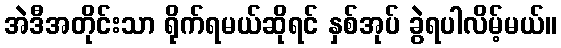
အဲဒီအတိုင်းသာ ရိုက်ရမယ်ဆိုရင် နှစ်အုပ် ခွဲရပါလိမ့်မယ်။